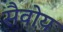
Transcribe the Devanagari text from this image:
सैवोय